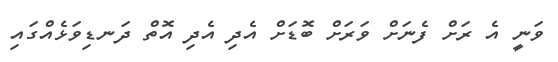
ވަނީ އެ ރަށް ފެނަށް ވަރަށް ބޮޑަށް އެދި އެދި އޮތް ދަނޑިވަޅެއްގައި